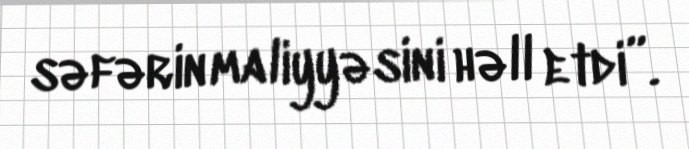
səfərin maliyyəsini həll etdi”.